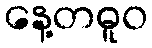
နေ့တဓူဝ